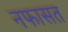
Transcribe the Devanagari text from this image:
नफासत